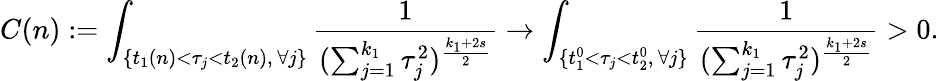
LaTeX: C(n):=\int_{\{ t_{1}(n)<\tau_{j}<t_{2}(n),\, \forall j\} }\frac{1}{(\sum_{j=1}^{k_{1}}\tau_{j}^{2})^{\frac{k_{1}+2s}{2}}}\to\int_{\{ t_{1}^{0}<\tau_{j}<t_{2}^{0},\, \forall j\} }\frac{1}{(\sum_{j=1}^{k_{1}}\tau_{j}^{2})^{\frac{k_{1}+2s}{2}}}>0.